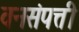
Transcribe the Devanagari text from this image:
वनसंपत्ती